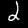
Label: 2